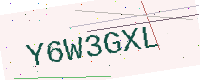
Text: Y6W3GXL